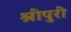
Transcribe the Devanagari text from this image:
श्रीपुरी